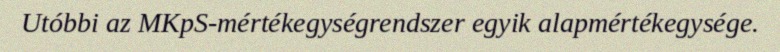
Utóbbi az MKpS-mértékegységrendszer egyik alapmértékegysége.